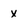
Character: X